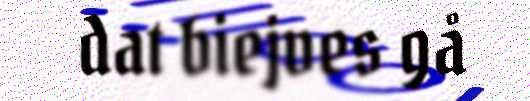
dat biejves gå